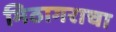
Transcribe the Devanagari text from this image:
मिठागराचा